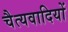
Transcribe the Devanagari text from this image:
चैत्यवादियों